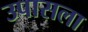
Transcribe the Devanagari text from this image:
उपासला